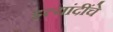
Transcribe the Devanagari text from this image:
इत्यांदींचे